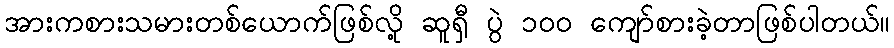
အားကစားသမားတစ်ယောက်ဖြစ်လို့ ဆူရှီ ပွဲ ၁၀၀ ကျော်စားခဲ့တာဖြစ်ပါတယ်။